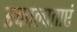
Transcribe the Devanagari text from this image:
रक्ताल्पताएं